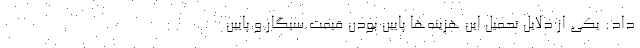
داد: یکی از دلایل تحمیل این هزینه‌ها پایین بودن قیمت سیگار و پایین